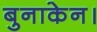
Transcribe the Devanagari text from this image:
बुनाकेन।